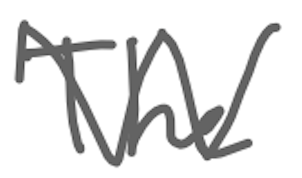
Text: The
Cross-out: zig-zag
Writing tool: digital_gray